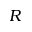
R